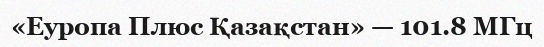
«Еуропа Плюс Қазақстан» — 101.8 МГц